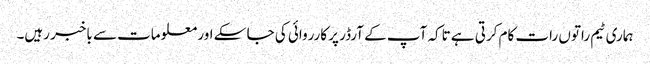
ہماری ٹیم راتوں رات کام کرتی ہے تاکہ آپ کے آرڈر پر کارروائی کی جا سکے اور معلومات سے باخبر رہیں۔